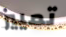
تمييز